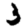
Digit: 3